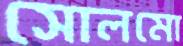
সোলমো